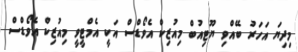
މިދިޔަ އަހަރު ބޭއްވި ޔޫޓިއުބް މިއުޒިކް އެވޯޑްސް އަކީ އެމްޓީވީ މިއުޒިކް އެވޯޑްސް